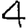
Digit: 4